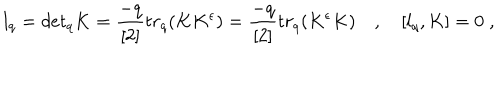
l _ { q } = d e t _ { q } K = \frac { - q } { [ 2 ] } t r _ { q } ( K K ^ { \epsilon } ) = \frac { - q } { [ 2 ] } t r _ { q } ( K ^ { \epsilon } K ) \quad , \quad [ l _ { q } , K ] = 0 \; ,